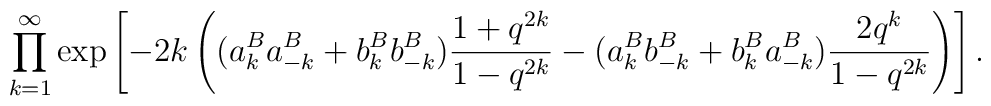
\prod_{k=1}^\infty \exp\left[-2k\left((a_k^Ba_{-k}^B+b_k^Bb_{-k}^B)\frac{1+q^{2k}}{1-q^{2k}} -(a_k^Bb_{-k}^B+b_k^Ba_{-k}^B)\frac{2q^k}{1-q^{2k}}\right)\right].